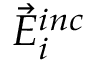
\vec { E } _ { i } ^ { i n c }